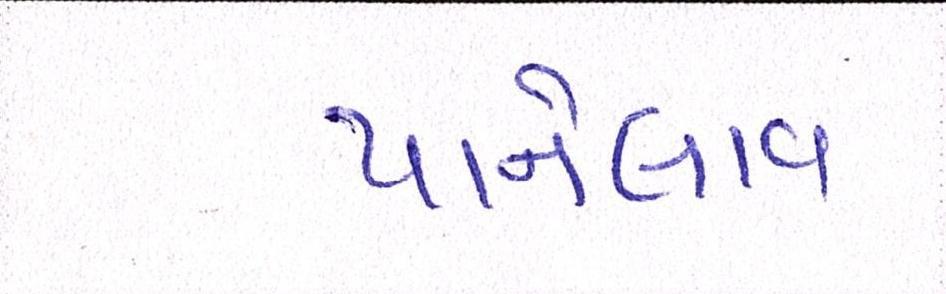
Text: પાનેલાવ